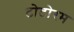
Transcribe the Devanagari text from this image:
टोटोरम